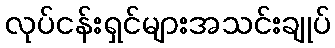
လုပ်ငန်းရှင်များအသင်းချုပ်